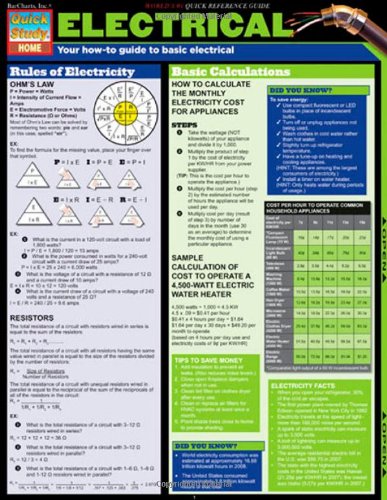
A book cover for Electrical (Tri-Fold Laminated Chart); Inc. BarCharts; Engineering & Transportation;